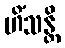
ဟိံသန္တိ